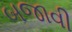
બજાવી